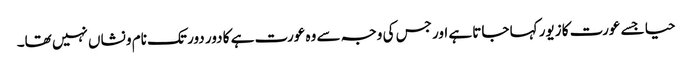
حیا جسے عورت کا زیور کہا جاتا ہے اور جس کی وجہ سے وہ عورت ہے کا دور دور تک نام و نشاں نہیں تھا۔